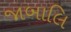
જાબાલિ